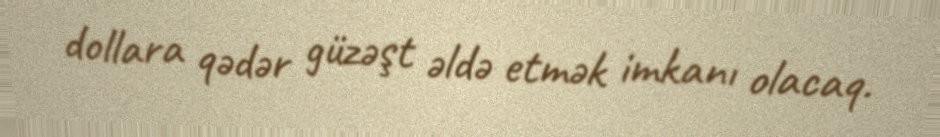
dollara qədər güzəşt əldə etmək imkanı olacaq.